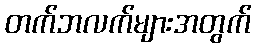
တက်ဘလက်များအတွက်